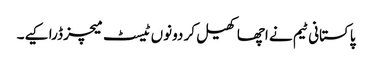
پاکستانی ٹیم نے اچھا کھیل کر دونوں ٹیسٹ میچز ڈرا کیے۔